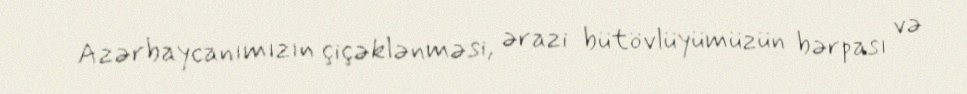
Azərbaycanımızın çiçəklənməsi, ərazi bütövlüyümüzün bərpası və